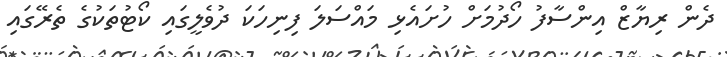
ދެން ރިޔާޒް އިންސާފު ހޯދުމަށް ހުށައެޅި މައްސަލަ ފިނިހަކަ ދުވެލީގައި ކޯޓުތަކުގެ ތެރޭގައި